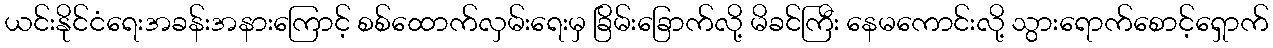
ယင်းနိုင်ငံရေးအခန်းအနားကြောင့် စစ်ထောက်လှမ်းရေးမှ ခြိမ်းခြောက်လို့ မိခင်ကြီး နေမကောင်းလို့ သွားရောက်စောင့်ရှောက်